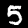
Label: 5